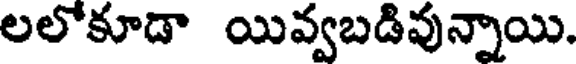
లలోకూడా యివ్వబడివున్నాయి.